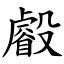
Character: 㲊